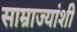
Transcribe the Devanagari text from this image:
साम्राज्यांशी